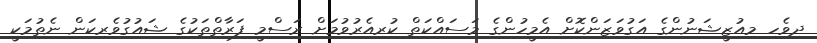
ދިވެހި މިއުޒީޝަނުންގެ އަގުވަޒަންކޮށް އެމީހުންގެ މަސައްކަތް ކުރިއެރުވުމަށް ރަސްމީ ފަރާތްތަކުގެ ޝައުގުވެރިކަން ނެތުމަކީ